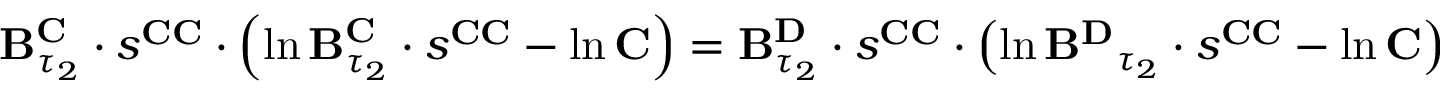
\begin{array} { r } { \mathbf { B } _ { \tau _ { 2 } } ^ { \mathbf { C } } \cdot s ^ { \mathbf { C C } } \cdot \left( \ln \mathbf { B } _ { \tau _ { 2 } } ^ { \mathbf { C } } \cdot s ^ { \mathbf { C C } } - \ln \mathbf { C } \right) = \mathbf { B } _ { \tau _ { 2 } } ^ { \mathbf { D } } \cdot s ^ { \mathbf { C C } } \cdot \left( \ln \mathbf { B ^ { \mathbf { D } } } _ { \tau _ { 2 } } \cdot s ^ { \mathbf { C C } } - \ln \mathbf { C } \right) } \end{array}